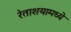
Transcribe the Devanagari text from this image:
रेताशयामध्ये